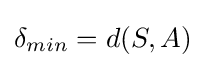
\delta _{min}=d(S,A)